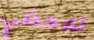
تلاحظي